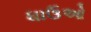
ધાઉઓ